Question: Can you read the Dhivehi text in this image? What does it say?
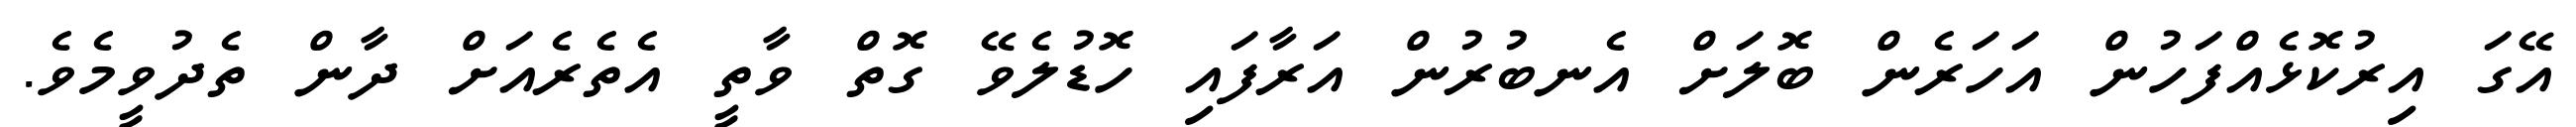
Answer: އޭގަ އިރުކޮޅެއްފަހުން އަހަރެން ބޮލަށް އެނބުރުން އަރާފައި ހޮޑުލެވޭ ގޮތް ވާތީ އެތެރެއަށް ދާން ތެދުވީމެވެ.